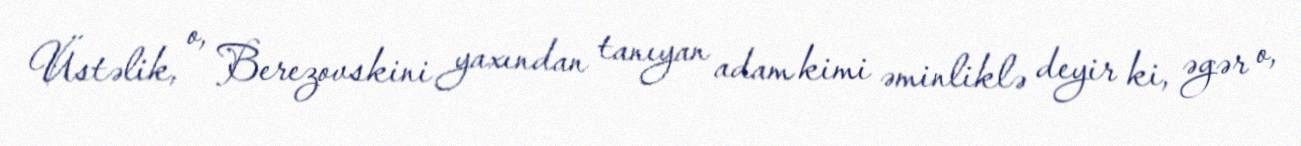
Üstəlik, o, Berezovskini yaxından tanıyan adam kimi əminliklə deyir ki, əgər o,